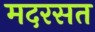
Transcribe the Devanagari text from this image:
मदरसत